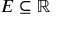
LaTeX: E \subseteq \mathbb { R }